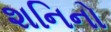
શનિનો